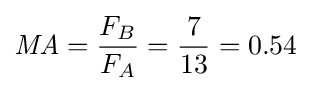
{\mathit {MA}}={\frac {F_{B}}{F_{A}}}={\frac {7}{13}}=0.54